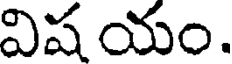
విష యం.